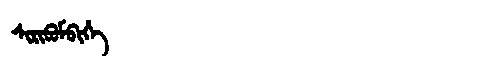
Manchu: ᠰᡳᡵᡳᠪᡠᠮᠪᡳᡥᡝ
Romanization: SIRIBUMBIHE